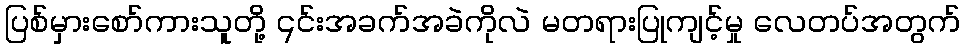
ပြစ်မှားစော်ကားသူတို့ ၎င်းအခက်အခဲကိုလဲ မတရားပြုကျင့်မှု လေတပ်အတွက်